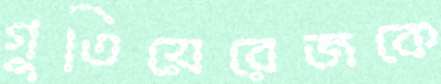
গুতিয়েরেজকে